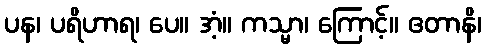
ပန၊ ပရိဟာရ၊ ပေ။ အံ့။ ကသ္မာ၊ ကြောင့်။ ဧတာနိ၊